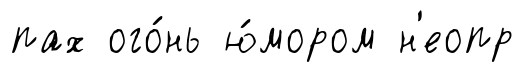
пах ого́нь ю́мором н'еопр